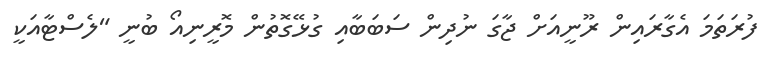
ފުރަތަމަ އެގާރައިން ރޫނީއަށް ޖާގަ ނުދިން ސަބަބާއި ގުޅޭގޮތުން މޮރީނިއޯ ބުނީ "ލެސްޓާއަކީ